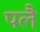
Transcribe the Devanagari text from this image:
पलै